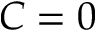
C = 0